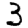
Digit: 3